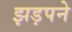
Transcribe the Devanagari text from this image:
झड़पने